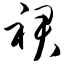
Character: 裙